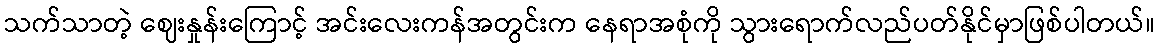
သက်သာတဲ့ ဈေးနှုန်းကြောင့် အင်းလေးကန်အတွင်းက နေရာအစုံကို သွားရောက်လည်ပတ်နိုင်မှာဖြစ်ပါတယ်။